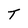
Character: T